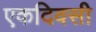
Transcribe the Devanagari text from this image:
एकदिवसी